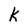
Character: k